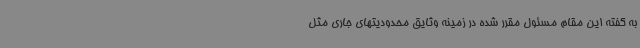
به گفته این مقام مسئول مقرر شده در زمینه وثایق محدودیتهای جاری مثل